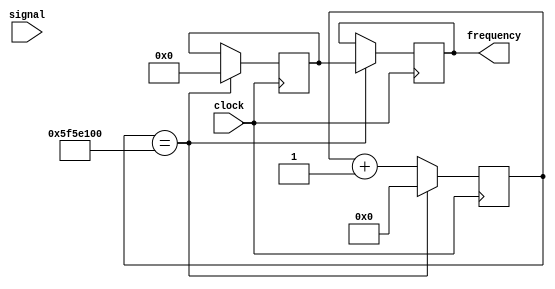
//http://users.wpi.edu/~rjduck/Counter%20Tutorial%20Verilog.pdf
(* dont_touch = "true" *)
module counter(
	input 	clock, 
	input 	signal,
	output reg [13:0]	frequency = 14'b0
	);
	
	parameter MAX_COUNT = 100_000_000; //max count value
	reg		[26:0]	counter_100M;
	reg 	[13:0]  count;
	reg 	rise, resync;
    
	initial 
		begin
			rise <= 0;
			resync <= 0;
		end
  
	//sampling frequency must be double
	//two clock cycles from signal to get a logical high
	
	always @ (posedge clock)
		begin
			// update history shifter.
			resync <= signal;
		end
	
	always @ (posedge clock)
		if (counter_100M == MAX_COUNT)
		begin
			counter_100M <= 0;
			frequency <= count;
			count <= 0;
		end
		else
		begin
			counter_100M <= counter_100M + 1'b1;
			if (resync == 0 & signal)
				counter_100M <= counter_100M + 1'b1;
		end
endmodule